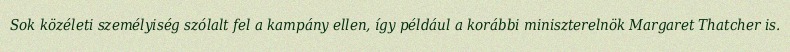
Sok közéleti személyiség szólalt fel a kampány ellen, így például a korábbi miniszterelnök Margaret Thatcher is.